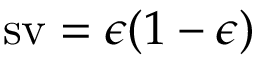
\operatorname { s v } = \epsilon ( 1 - \epsilon )